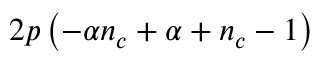
2 p \left( - \alpha n _ { c } + \alpha + n _ { c } - 1 \right)